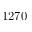
1 2 7 0